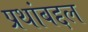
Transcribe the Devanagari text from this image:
प्रथांबद्दल